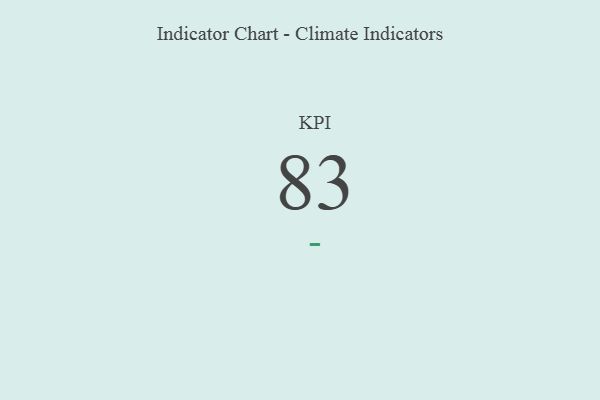
{"axis": {"x": "KPI", "y": "Value"}, "legend": [""], "data": [{"x": "KPI", "y": 83, "type": ""}]}